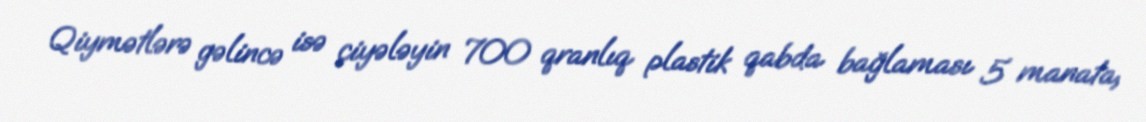
Qiymətlərə gəlincə isə çiyələyin 700 qranlıq plastik qabda bağlaması 5 manata,